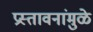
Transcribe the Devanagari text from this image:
प्रस्तावनांमुळे